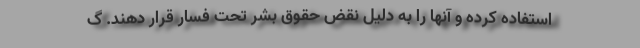
استفاده کرده و آنها را به دلیل نقض حقوق بشر تحت فسار قرار دهند. گ